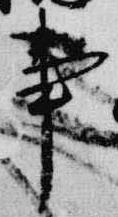
事